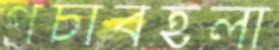
পচাবহলা